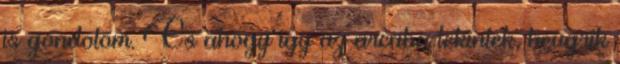
is gondolom. Es ahogy igy az arcaba tekintek, beugrik